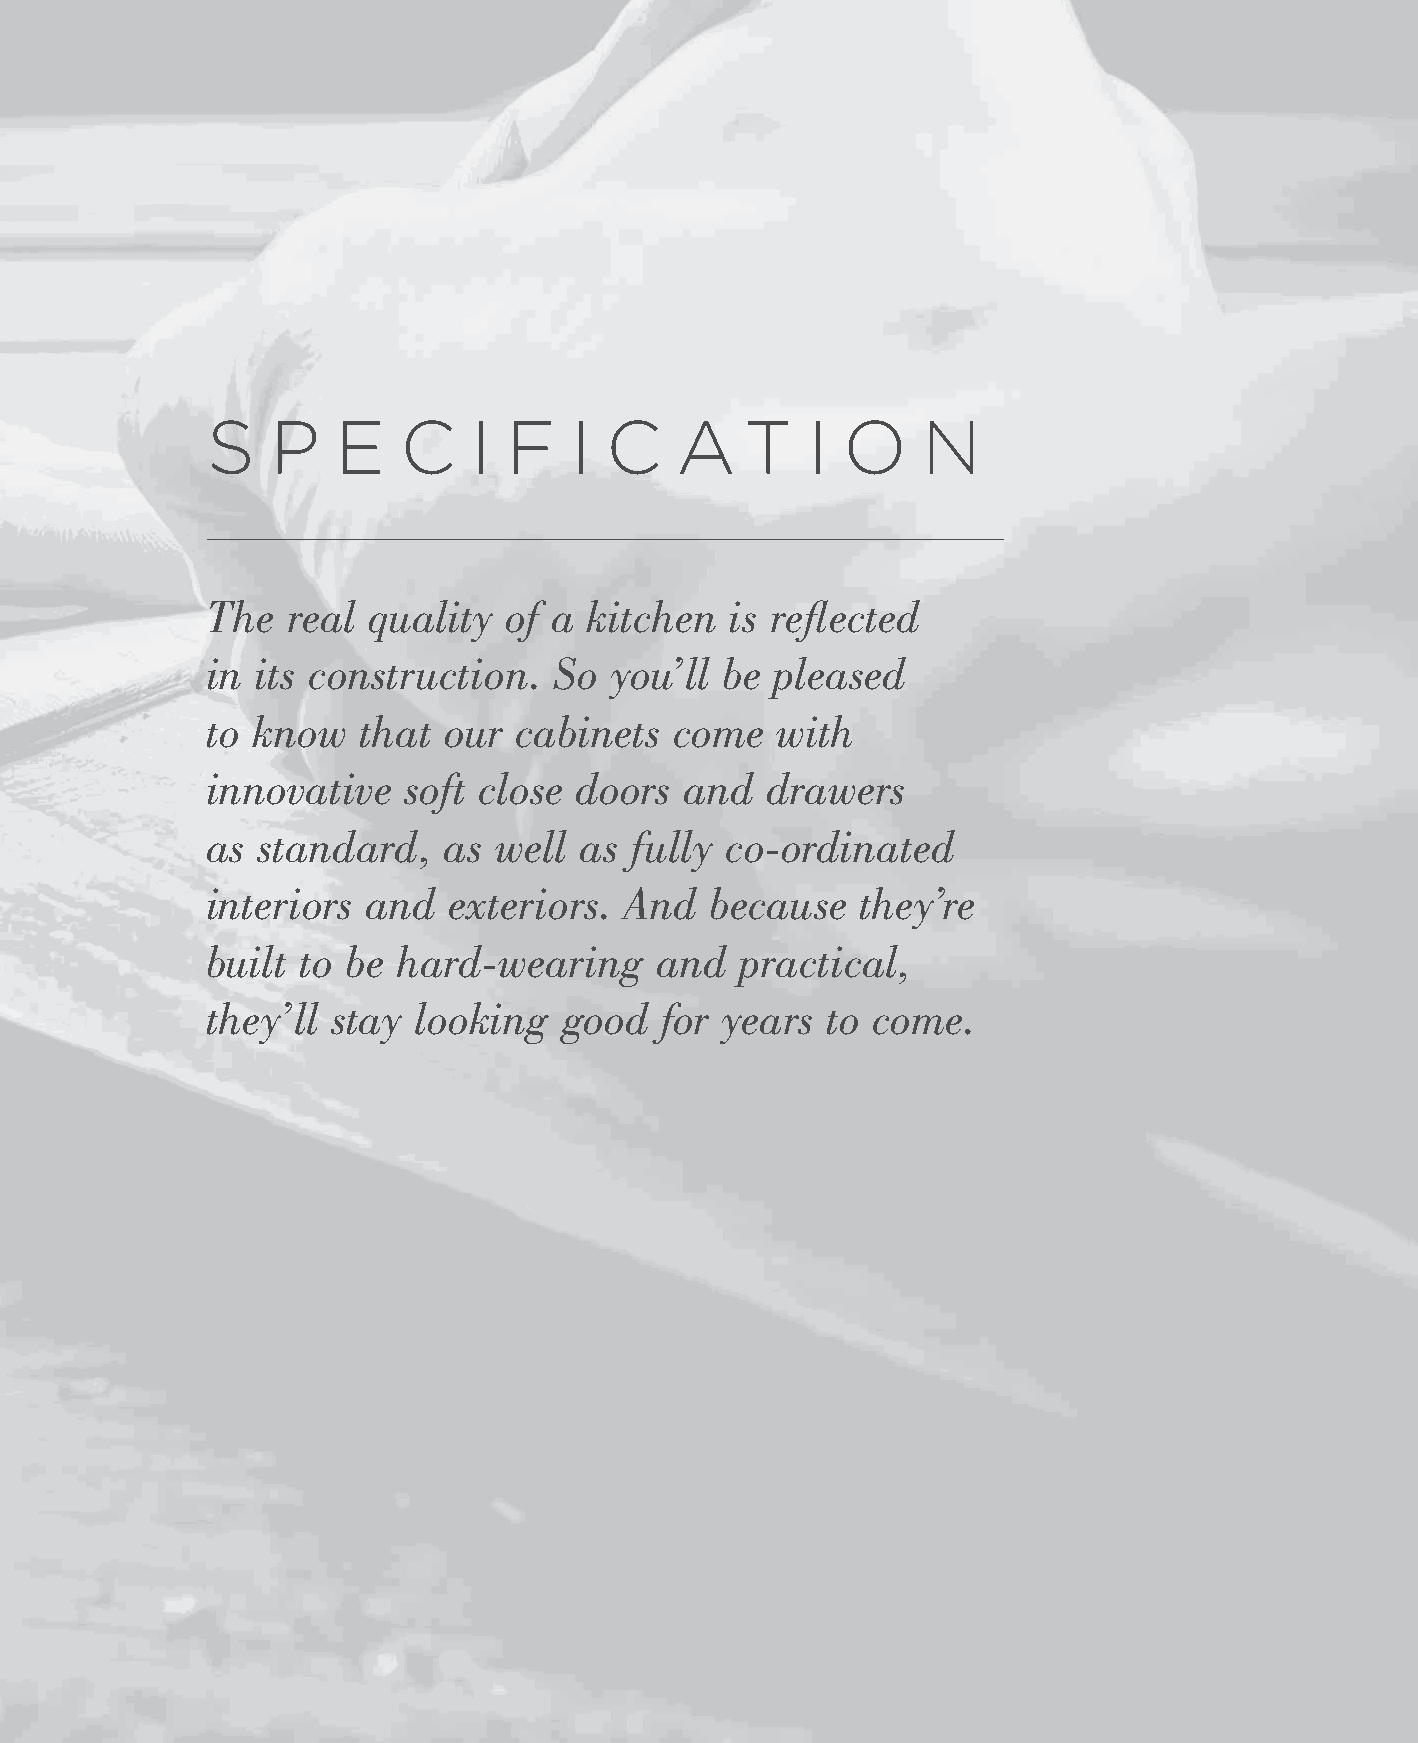
S   P   E   C    I F    I C    A   T   I  O    N
 The  real quality   of a kitchen  is reflected
 in its construction.   So you’ll  be pleased
 to know   that our  cabinets   come  with
 innovative   soft close doors  and   drawers
 as standard,   as  well as  fully co-ordinated
 interiors and   exteriors. And   because   they’re
 built to be hard-wearing      and  practical,
 they’ll stay  looking  good   for years  to come.